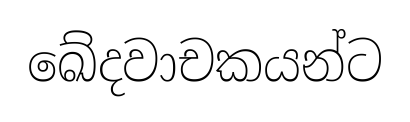
ඛේදවාචකයන්ට